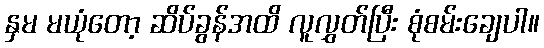
နှမ မယုံတော့ ဆိပ်ခွန်အထိ လူလွှတ်ပြီး စုံစမ်းချေပါ။